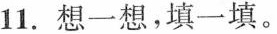
11.想一想，填一填。